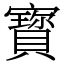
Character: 寳